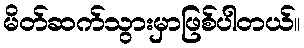
မိတ်ဆက်သွားမှာဖြစ်ပါတယ်။